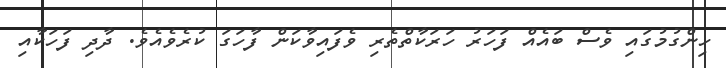
ހިންގުމުގައި ވެސް ބައެއް ފަހަރު ހަރަކާތްތެރި ވެފައިވާކަން ފާހަގަ ކުރެވެއެވެ. ދާދި ފަހަކާއި